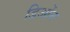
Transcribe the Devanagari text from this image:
डिओंन